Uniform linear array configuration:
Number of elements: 16
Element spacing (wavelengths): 0.75
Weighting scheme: hann
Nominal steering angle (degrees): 15
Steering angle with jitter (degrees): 16.136
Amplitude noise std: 0.05
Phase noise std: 0.05

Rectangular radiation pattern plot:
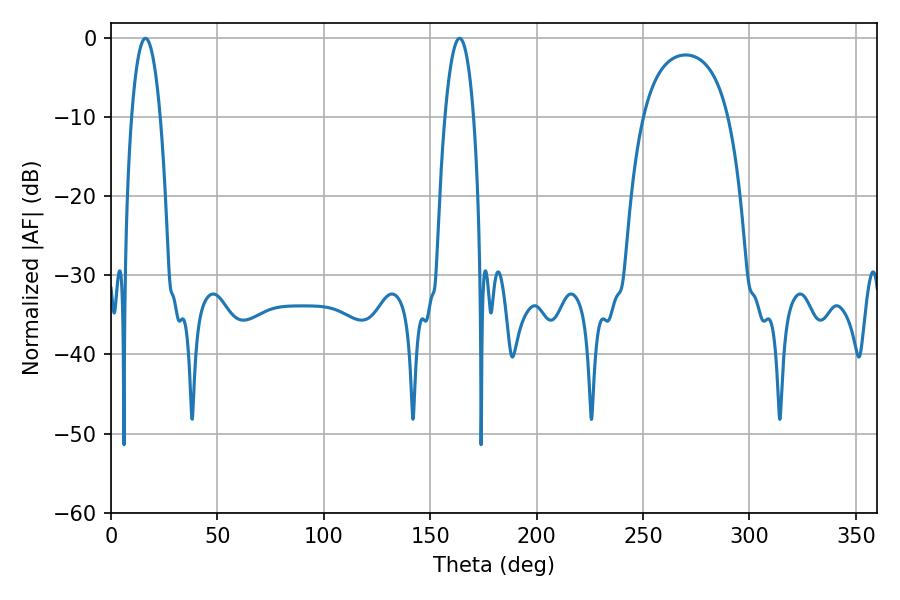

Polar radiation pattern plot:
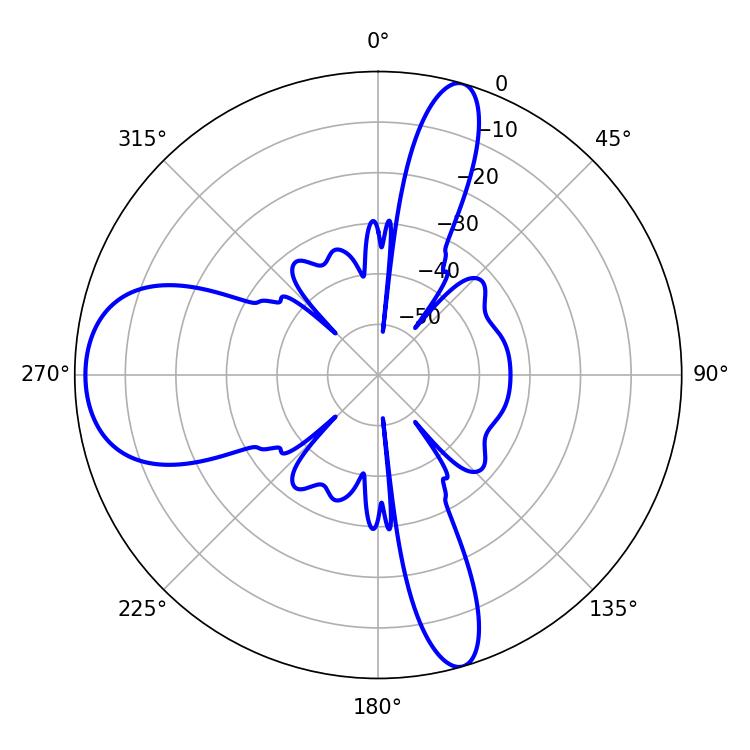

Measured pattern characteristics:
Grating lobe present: TRUE
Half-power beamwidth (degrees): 7.56
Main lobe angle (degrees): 16.2